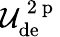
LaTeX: \mathcal{U}_{\mathrm{de}}^{\mathrm{~2~p~}}